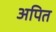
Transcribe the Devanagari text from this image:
अपित